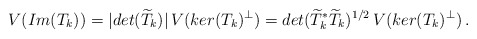
\begin{align*}V(Im(T_k))=|det(\widetilde{T}_k)|\,V(ker(T_k)^{\perp})=det(\widetilde{T}_k^*\widetilde{T}_k)^{1/2}\,V(ker(T_k)^{\perp})\,. \end{align*}